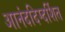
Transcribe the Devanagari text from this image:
आनंददिग्दर्शित